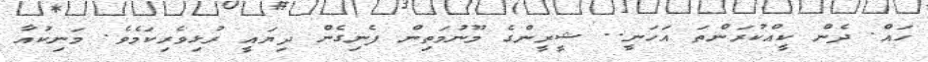
ހައް. ދެން ކީއްކުރަންތަ އަހަނީ.. ޝީރީންގެ މޫނުމަތިން ފެނިގެން ދިޔައީ ރުޅިވެރިކަމެވެ. މަނިކުއާ